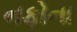
નફોના